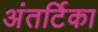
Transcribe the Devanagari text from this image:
अंतर्टिका